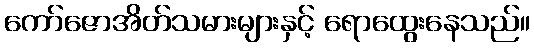
ကော်ဇောအိတ်သမားများနှင့် ရောထွေးနေသည်။